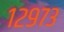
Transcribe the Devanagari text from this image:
१२९७३